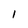
Character: I